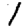
Digit: 1